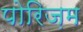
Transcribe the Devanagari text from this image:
पोरिज़म